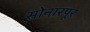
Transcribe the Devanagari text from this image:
सोनारपूर